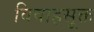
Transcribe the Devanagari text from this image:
विवाहसूक्त